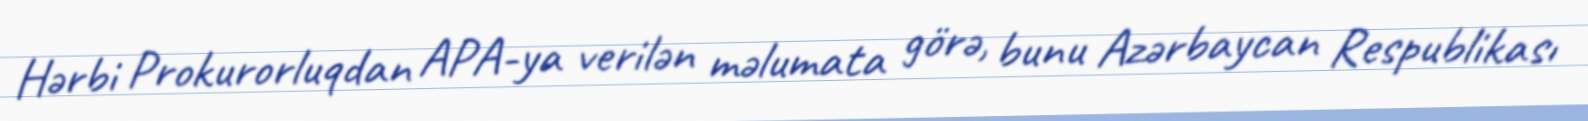
Hərbi Prokurorluqdan APA-ya verilən məlumata görə, bunu Azərbaycan Respublikası